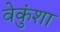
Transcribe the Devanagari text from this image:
वेकुंशा